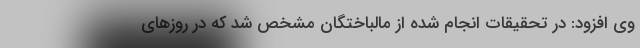
وی افزود: در تحقیقات انجام شده از مالباختگان مشخص شد که در روز‌های